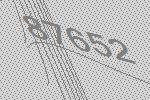
87652